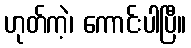
ဟုတ်ကဲ့၊ ကောင်းပါပြီ။